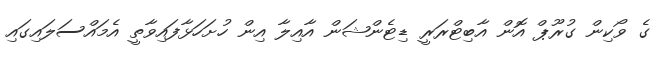
ގެ ވޯކިން ގުރޫޕް އޮން އާބިޓްރަރީ ޑިޓެންޝަން އާއިލާ އިން ހުށަހަޅާފައިވާތީ އެމައްސަލައިގައި